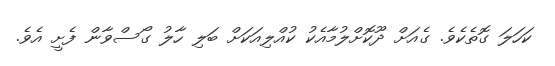
ކަހަލަ ގޮތެކެވެ. ގެއަށް ދޫކޮށްލުމާއެކު ކުއްލިއަކަށް ބަލި ހާލު ގޯސްވާން ފެށީ އެވެ.